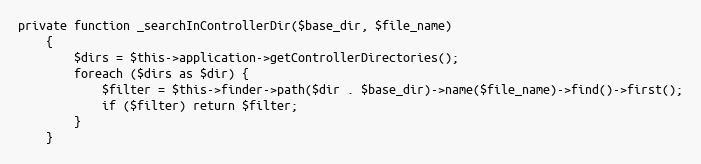
Language: PHP
private function _searchInControllerDir($base_dir, $file_name)
    {
        $dirs = $this->application->getControllerDirectories();
        foreach ($dirs as $dir) {
            $filter = $this->finder->path($dir . $base_dir)->name($file_name)->find()->first();
            if ($filter) return $filter;
        }
    }